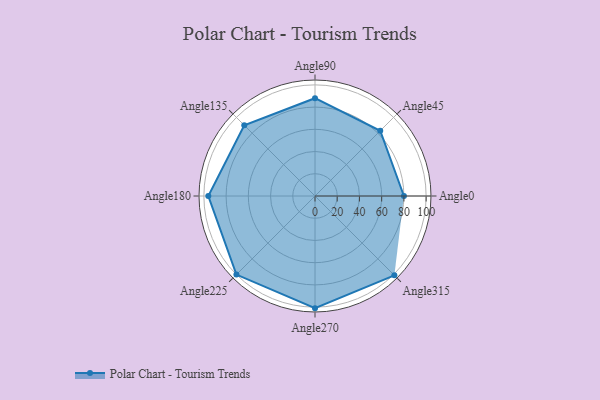
{"axis": {"x": "Angle", "y": "Radius"}, "legend": [""], "data": [{"x": "Angle0", "y": 80.0, "type": ""}, {"x": "Angle45", "y": 83.0, "type": ""}, {"x": "Angle90", "y": 88.0, "type": ""}, {"x": "Angle135", "y": 90.0, "type": ""}, {"x": "Angle180", "y": 96.0, "type": ""}, {"x": "Angle225", "y": 100.0, "type": ""}, {"x": "Angle270", "y": 101.0, "type": ""}, {"x": "Angle315", "y": 101.0, "type": ""}]}